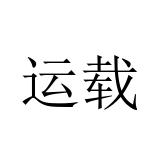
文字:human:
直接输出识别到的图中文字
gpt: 运载